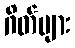
ဂိတ်များ